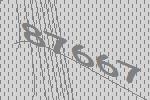
87667